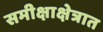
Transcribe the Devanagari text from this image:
समीक्षाक्षेत्रात